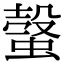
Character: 螜